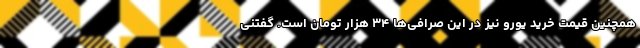
همچنین قیمت خرید یورو نیز در این صرافی‌ها ۳۴ هزار تومان است. گفتنی